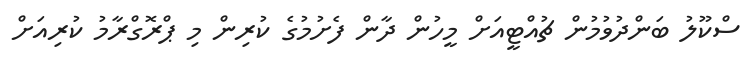
ސްކޫލު ބަންދުވުމުން ޗުއްޓީއަށް މީހުން ދާން ފެށުމުގެ ކުރިން މި ޕްރޮގްރާމު ކުރިއަށް